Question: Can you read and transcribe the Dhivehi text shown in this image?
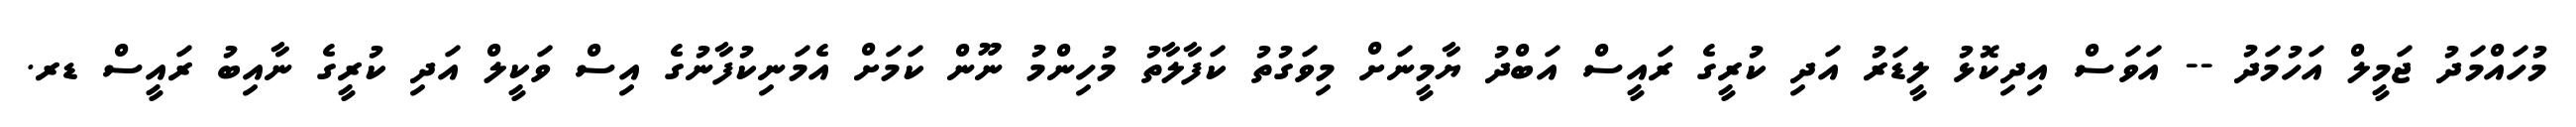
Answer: މުހައްމަދު ޖަމީލް އަހުމަދު -- އަވަސް އިދިކޮޅު ލީޑަރު އަދި ކުރީގެ ރައީސް އަބްދު ޔާމީނަށް މިވަގުތު ކަފާލާތު މުހިންމު ނޫން ކަމަށް އެމަނިކުފާނުގެ އިސް ވަކީލް އަދި ކުރީގެ ނާއިބު ރައީސް ޑރ.